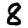
Digit: 8